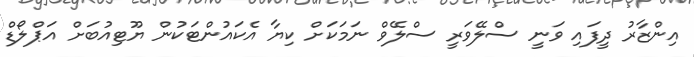
އިންޒާރު ދީފައި ވަނީ ސްލޭވަރީ ސްލޭވް ނަމަކަށް ކިޔާ އެކައުންޓަކުން ޔޫޓިއުބަށް އަޕްލޯޑް